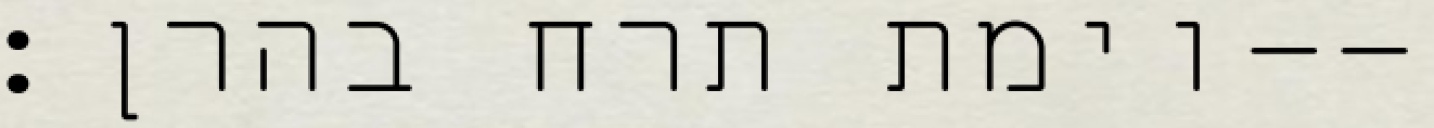
וימת תרח בהרן׃--